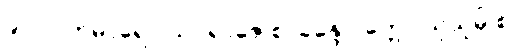
၉၀၇။ ကုမာရော ယုဝရာဇေ စ၊ ခန္ဒေ ဝုတ္တော သုသုမှိ စ။